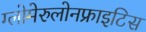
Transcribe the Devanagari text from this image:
ग्लोमेरुलोनफ्राइटिस